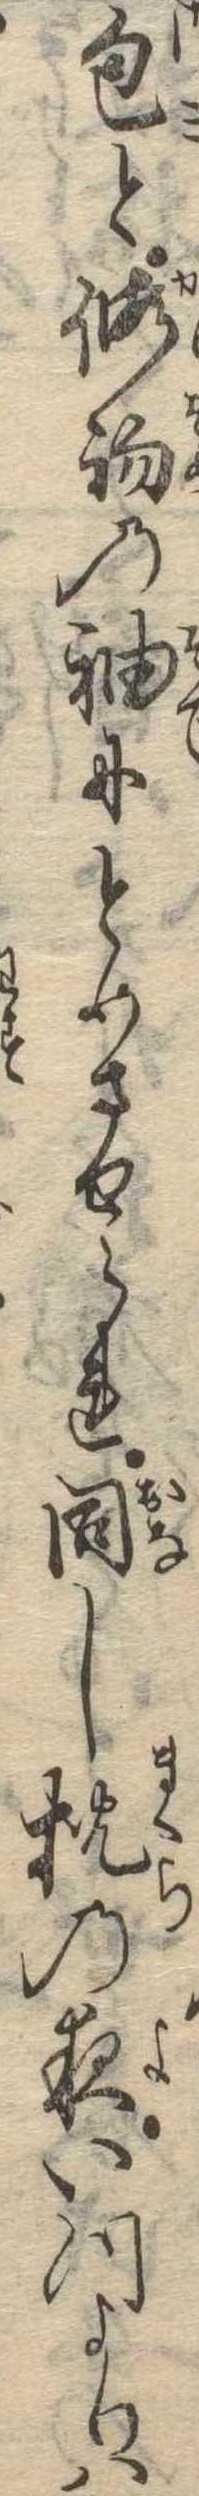
包と仮初の袖にとめさせられ同し枕の夜いつよりは